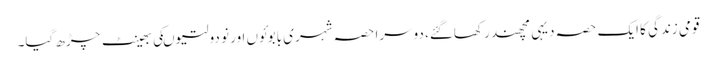
قومی زندگی کا ایک حصہ دیہی مچھندر کھاگئے، دوسرا حصہ شہری بابوئوں اور نو دولتیوںکی بھینٹ چڑھ گیا۔